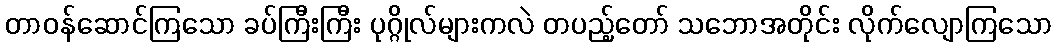
တာဝန်ဆောင်ကြသော ခပ်ကြီးကြီး ပုဂ္ဂိုလ်များကလဲ တပည့်တော် သဘောအတိုင်း လိုက်လျောကြသော